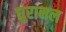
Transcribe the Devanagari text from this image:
घुरामल